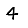
Digit: 4